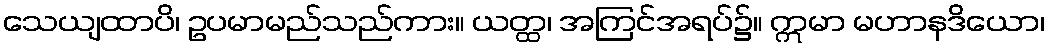
သေယျထာပိ၊ ဥပမာမည်သည်ကား။ ယတ္ထ၊ အကြင်အရပ်၌။ ဣမာ မဟာနဒိယော၊